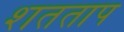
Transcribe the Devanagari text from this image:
शतताप